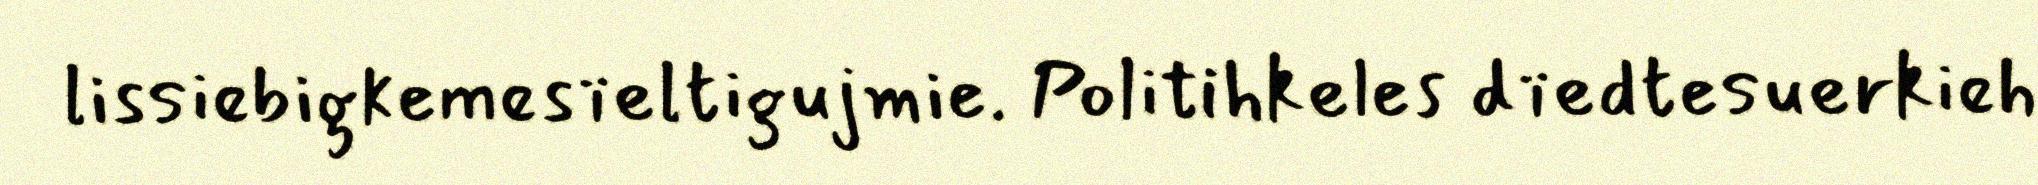
lissiebigkemesïeltigujmie. Politihkeles dïedtesuerkieh